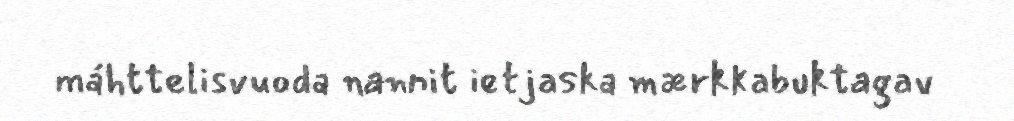
máhttelisvuoda nannit ietjaska mærkkabuktagav